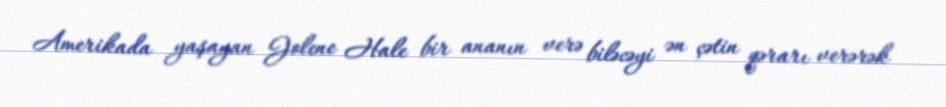
Amerikada yaşayan Jolene Hale bir ananın verə biləcəyi ən çətin qərarı verərək